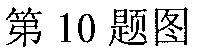
第 10 题图